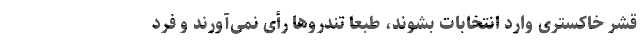
قشر خاکستری وارد انتخابات بشوند، طبعا تندروها رأی نمی‌آورند و فرد